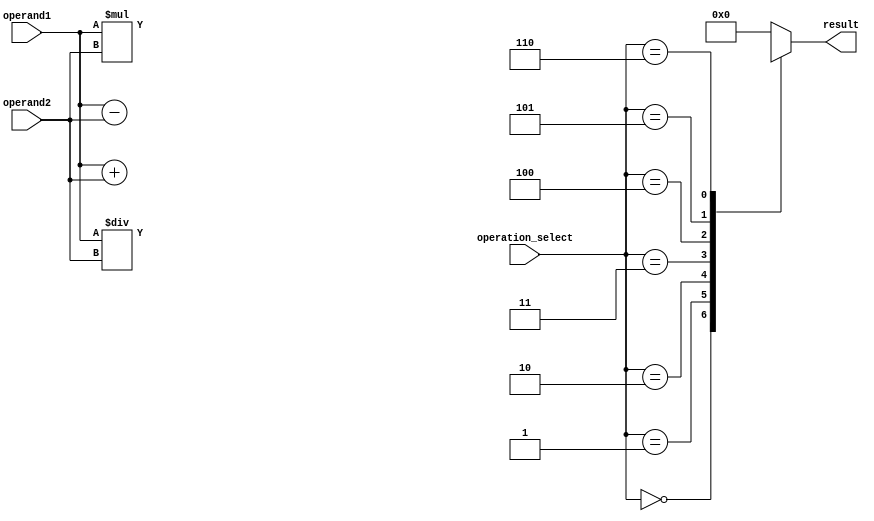
module Trigonometric_ALU (
    input [7:0] operand1,
    input [7:0] operand2,
    input [2:0] operation_select,
    output reg [7:0] result
);

reg [7:0] sum, difference, product, quotient;
reg [7:0] sine_result, cosine_result, tangent_result;

always @(*)
begin
    case(operation_select)
        3'b000: begin // addition
            result = operand1 + operand2;
        end
        3'b001: begin // subtraction
            result = operand1 - operand2;
        end
        3'b010: begin // multiplication
            result = operand1 * operand2;
        end
        3'b011: begin // division
            result = operand1 / operand2;
        end
        3'b100: begin // sine function
            // compute sine using lookup table or algorithm
            // assign result to sine_result
            result = sine_result;
        end
        3'b101: begin // cosine function
            // compute cosine using lookup table or algorithm
            // assign result to cosine_result
            result = cosine_result;
        end
        3'b110: begin // tangent function
            // compute tangent using lookup table or algorithm
            // assign result to tangent_result
            result = tangent_result;
        end
        default: begin
            result = 8'b0; // default to 0 if invalid operation_select
        end
    endcase
end

endmodule